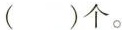
( )个。